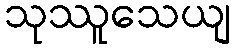
သုဿူသေယျ